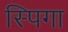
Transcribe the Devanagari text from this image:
स्पिगा